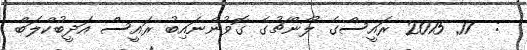
:  17